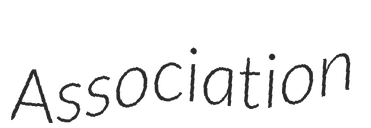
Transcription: Association